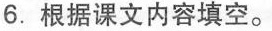
6. 根据课文内容填空。